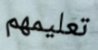
تعليمهم